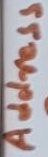
Text: Address